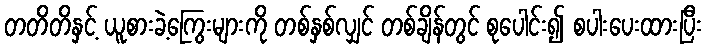
တတိတိနှင့် ယူစားခဲ့ကြွေးများကို တစ်နှစ်လျှင် တစ်ချိန်တွင် စုပေါင်း၍ စပါးပေးထားပြီး